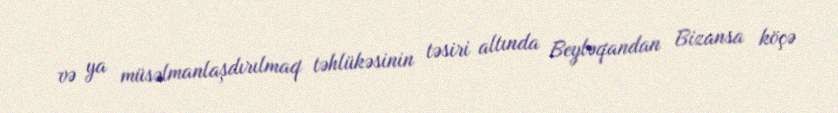
və ya müsəlmanlaşdırılmaq təhlükəsinin təsiri altında Beyləqandan Bizansa köçə